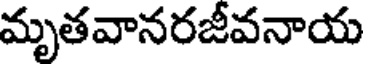
మృతవానరజీవనాయ